Annual report on the health of the army in India
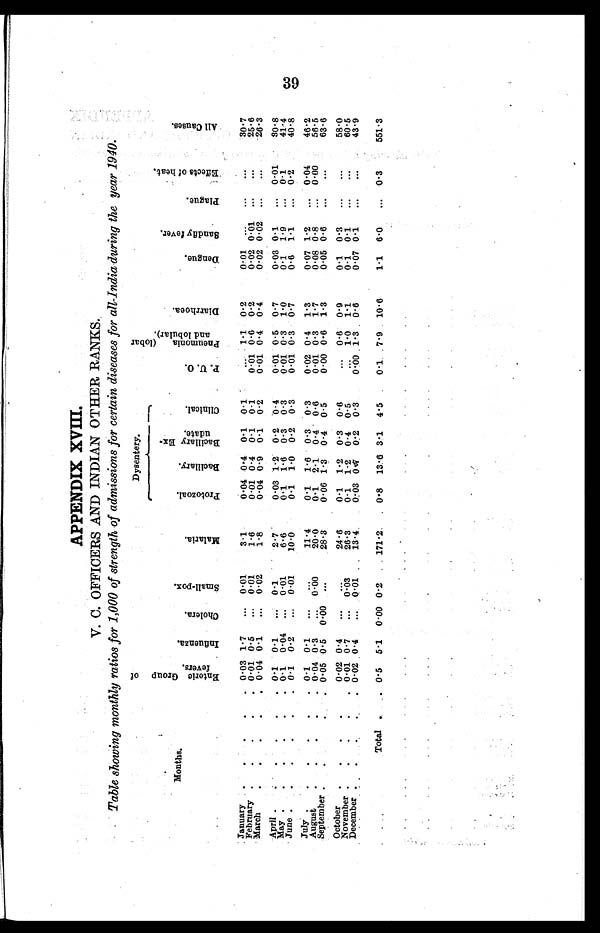
APPENDIX XVIII.
V. C. OFFICERS AND INDIAN OTHER RANKS.
Table showing monthly ratios for 1,000 of strength of admissions for certain diseases for all-India during the year 1940.
Months.
E n t e r i c g r o u p o f f e v e r s .
I n f l u e n z a
C h o l e r a
S m a l l - p o x
M a l a r i a
Dysentery.
P . U . O
P n u e m o n i a ( l o b a r a n d l o b u r a l ) .
D i a r r h o e a .
D e n g u e
S a n d f l y f e v e
r
.
P l a g u e .
E f f e c t s o f H e a t
.
A l l C a u s e s
.
P r o t o z o a l
B a c i l l a r y
B a c i l l a r y E x - i d a t e
C i i n i c l a l
January.
.
.
February .
.
.
.
March
.
.
.
.
.
0 . 03
0.01
0 . 04
1 . 7
0 . 5
0 . 1
..
-. ..
”.
0.01
0.01
0 . 02
3.1
1.6
1 . 8
0.04
0.01
0.04
0 . 4
0 . 4
0.9
0.1
0 . 1
0.1
0.1
0.1
0.2
'
..
0:01
0.01
1 . 1
0 . 6
0.4
0.2
0 . 2
0.4
0.01
0.02
0.02
. .
0 . 01
0 . 02
.. .
. .
..
. .
...
...
30.7
25.6
26.3
April.
..
. .
May ..
...
June .
.
.
0-1
0 .1
0 . 1
0.1
0 . 04
0 . 2
...
...
..
0.1
0 . 01
0.01
2.7
6.6
10.0
0.03
0.1
0.1
1 . 2
1.6
1.0
0 . 2
0.3
0 . 2
0 . 4
0.3
0 . 3
0.01
0.01
0.01
0.5
0 . 3
0.3
0 . 7
1 . 0
0 . 7
0.03
0.1
0.6
0.1
1.9
1 . 1
..
..
..
0 . 01
0.1
0 . 2
3 0 . 8
41.4
40.8
July .
.
. . . .
August
. . .
September .
0 . 1
0 . 04
0.05
0 . 1
0 . 3
0 . 5
...
..
0 . 00
.. 0 . 0 0
-.
11.4
20.0
2 8 . 3
0.1
0.1
0.06
1.6
2.1 1 . 3
0 . 3
0.4
0 . 4
0.3
0 . 6
0.5
0.02
0.01
0.00
0.4
0 . 3
0 . 6
1 . 3
1.7
1 . 3
0.07
0.08
0.05
1 . 2
0 . 8
0.6
.
..
-.
0.04
0.00
...
46.2
56.5
63.6
October
.
.
.
.
November .
.
.
.
December .
. .. .
0.02
0 . 01
0.02
0 . 4
0.7
0 . 4
..
-_
.
.
..
0 .03
0.01
24.6
26.3
13 . 4.
0.1
0.1
0:03
1 . 2
1.2 0 . 7
0 . 3
0.4
0:2
0 . 6
0 . 5
0 . 3
..
...
0 . 0 0
0.6
1 . 0
1 . 3
0 . 9
1 . 1
0 . 6
0.1
0.1
0.07
0 . 3
0.1
0 . 1
...
..
. . .
. . .
.
...
58.0
60.5
43.9
Total .
.. 0 . 5
5 . 1
0 . 00 0 . 2
. 171 . 2.
. 0 . 8
1 3 . 6 3 . 1
4.5
0 . 1 .7 . 9
10 . 6
1.1
6.0
..
0 . 3
551.3